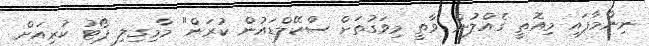
ނިންމާފައި މިއޮތީ ގެއްލުން ވާތީ މިވަގުތަށް ސްކޭލްޑައުން ކުރަން" މާމިގިލި ޕޯޓު ކުރިއަށް